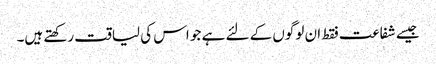
جیسے شفاعت فقط ان لوگوں کے لئے ہے جو اس کی لیاقت رکھتے ہیں۔